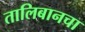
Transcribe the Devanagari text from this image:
तालिबानचा